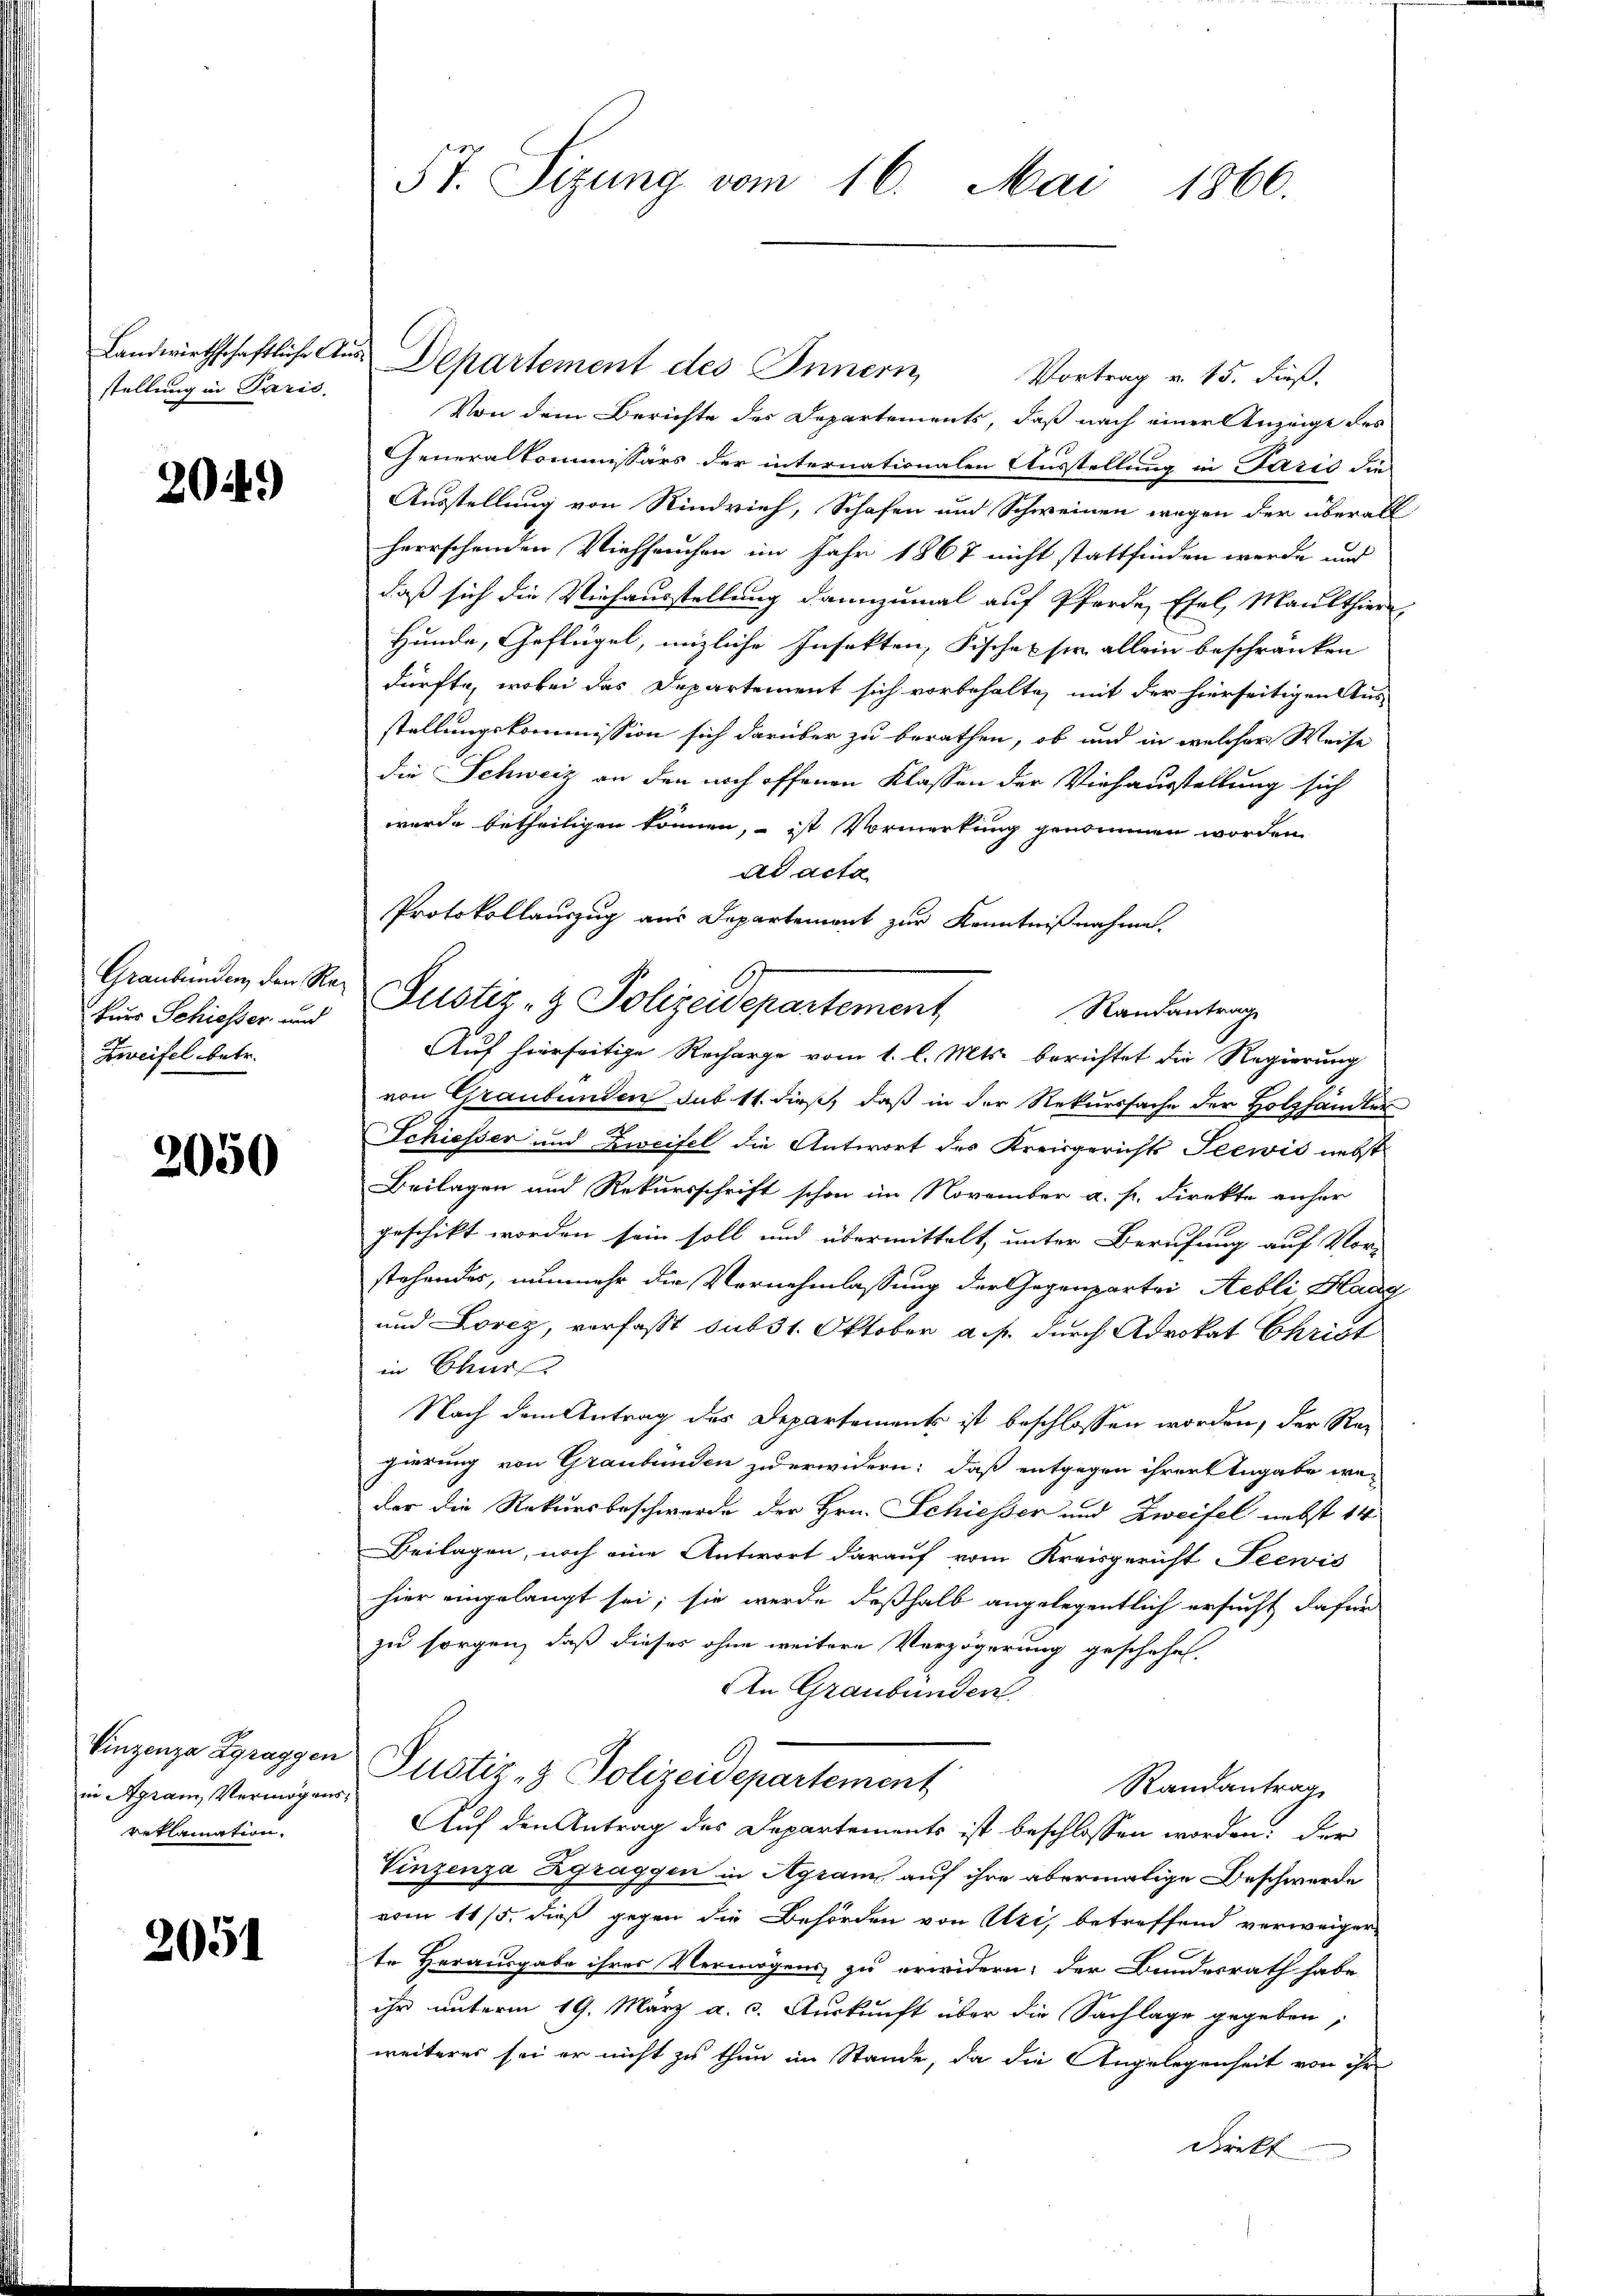
stellung in Paris.

2044.)

Graubünden, den Rakurs Schiesser und
Zweifel betr.

2050

Vinzenza Zgraggen
in Agram, Vermögens
reclamation.

2051

5t. Sizung vom 16. Mai 1866.

Vortrag v. 15. dieß.
Von dem Berichte des Departements, daß nach einer Anzeige des
Generalkommissärs der internationalen Ausstellung in Paris die
Ausstellung von Rindvieh, Schafen und Schweinen wegen der überall
herrschenden Viehseuchen im Jahr 1867 nicht stattfinden werde und
daß sich die Viehausstellung dannzumal auf Pferde Esel, Maulthier
Hunde, Geflügel, unzliche Insekten, Fischek sie allein beschränken
dürfte, wobei das Departement sich vorbehalte, mit der hierseitigen Aus-
stellungskommission sich darüber zu berathen, ob und in welcher Weise
die Schweiz an den noch offenen Klassen der Viehausstellung sich
wurde betheiligen können, – ist Vormerkung genommen worden.
ad acta
Protokollauszug aus Departement zur Kenntnißnahme.
Randantrag
Auf hierseitige Recharge vom 1. l. Mts. berichtet die Regierung
von Graubünden sub 11. dieß, daß in der Rekurssache der Holzhandten
Schiesser und Zweifel die Antwort des Kreisgerichts Seewis nebst
Beilagen und Rekursschrift schon im November a. f. Direkte anher
geschikt worden sein soll und übermittelt, unter Berufung auf Vor-
stehendes, nunmehr die Vernehmlassung der Gegenpartei Rebli Haag
und Lorez, verfasst sub 31. Oktober a.p. durch Advokat Christ
in Chur
Nach dem Antrag des Departements ist beschlossen worden, der Re-
gierung von Graubünden zu erwidern: daß entgegen ihrer Angabe weder die Rekursbeschwerde der Hrn. Schiesser und Zweifel nebst 14
Beilagen, noch eine Antwort darauf vom Kreisgericht Seewis
hier eingelangt sei; sie werde deßhalb angelegentlich ersucht dafür
zu sorgen, daß dieses ohne weitere Verzögerung geschehen.
An Graubünden
Justiz- & Polizeidepartement
Randantrag
Auf den Antrag des Departements ist beschlossen worden; der
Vinzenza Zgraggen in Agram auf ihre abermalige Beschwerde
vom 11/5. dieß gegen die Behörden von Uri, betreffend verweiger-
te Herausgabe ihres Vermögens zu erwidern; der Bundesrath habe
ihr unterm 19. März a. c. Auskunft über die Sachlage gegeben:
weiteres sei er nicht zu thun im Stande, da die Angelegenheit von ihr
Direkt |

Landwirthschaftliche Aus Departement des Innern

Justiz- & Polizeidepartement